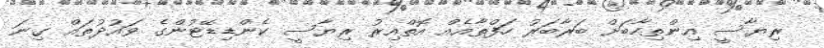
ރިޔާސީ އިންތިހާބަށް ބަރާބަރު ހަފްތާއެއް އޮތްއިރު ރިޔާސީ ކެންޑިޑޭޓުންގެ ވައުދުތައް ގިނަ